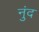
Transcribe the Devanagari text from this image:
नुंद